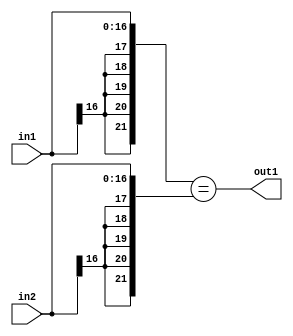
`timescale 1ps / 1ps
/*****************************************************************************
    Verilog RTL Description
    
    
    Created by: Stratus DpOpt 2019.1.01 
*******************************************************************************/

module st_feature_addr_gen_Equal_17Sx17S_1U_4 (
	in2,
	in1,
	out1
	); /* architecture "behavioural" */ 
input [16:0] in2,
	in1;
output  out1;
wire  asc001;

assign asc001 = ({{5{in1[16]}}, in1}=={{5{in2[16]}}, in2});

assign out1 = asc001;
endmodule

/* CADENCE  ubP5Sg0= : u9/ySgnWtBlWxVPRXgAZ4Og= ** DO NOT EDIT THIS LINE ******/